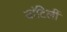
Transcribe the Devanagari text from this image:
वांटिलीं